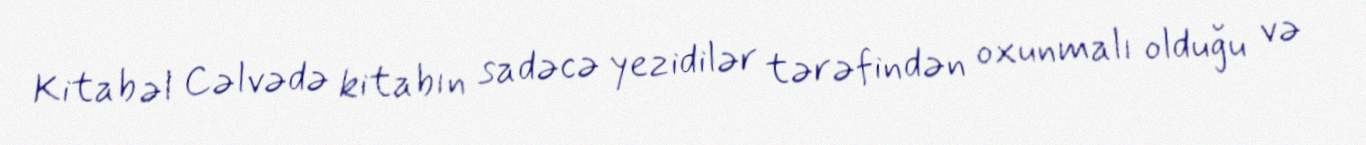
Kitab əl Cəlvədə kitabın sadəcə yezidilər tərəfindən oxunmalı olduğu və